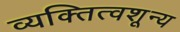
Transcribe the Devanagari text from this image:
व्यक्तित्वशून्य